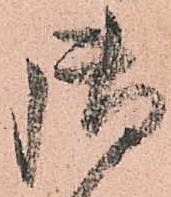
御